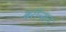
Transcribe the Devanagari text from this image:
बरॉन्सन